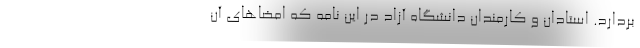
بردارد. استادان و کارمندان دانشگاه آزاد در این نامه که امضاهای آن